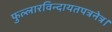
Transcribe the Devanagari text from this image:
फुल्लारविन्दायतपत्रनेत्र।